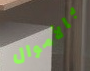
بالأموال